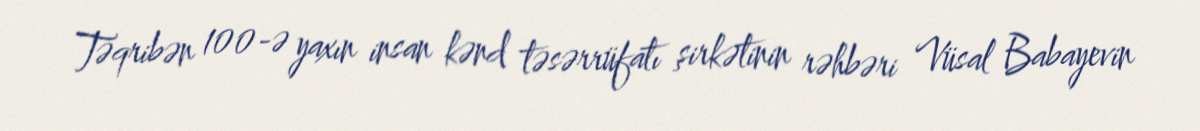
Təqribən 100-ə yaxın insan kənd təsərrüfatı şirkətinin rəhbəri Vüsal Babayevin